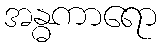
အန္ဓကာရော